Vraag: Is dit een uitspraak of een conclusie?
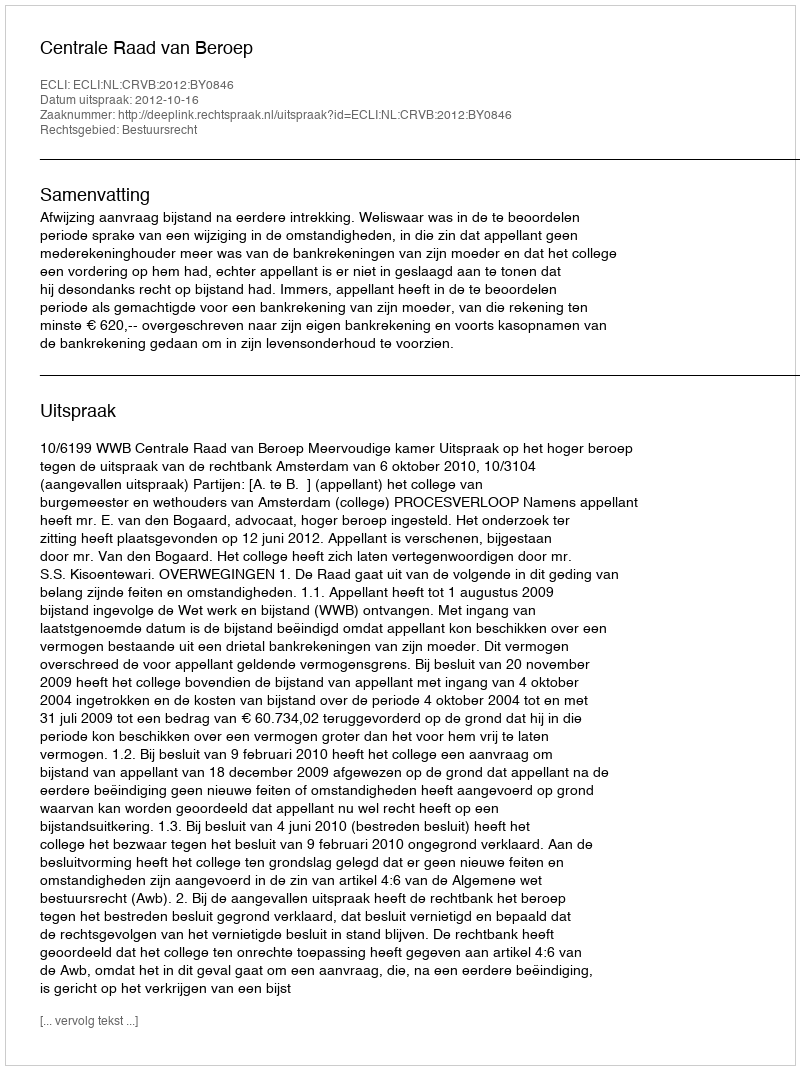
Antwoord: Uitspraak